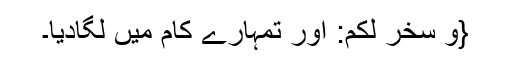
{وَ سَخَّرَ لَكُمْ: اور تمہارے کام میں لگادیا۔